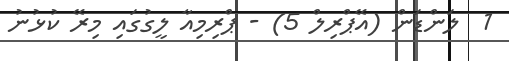
1  ލަންޑަން (އޭޕްރިލް 5) - ޕްރިމިއާ ލީގުގައި މިރޭ ކުޅުނު